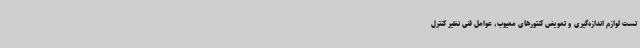
تست لوازم اندازه‌گیری و تعویض کنتورهای معیوب، عوامل فنی نظیر کنترل